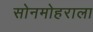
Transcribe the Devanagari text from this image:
सोनमोहराला